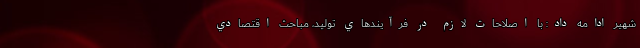
شهیر ادامه داد: با اصلاحات لازم در فرآيندهاي توليد، مباحث اقتصادي